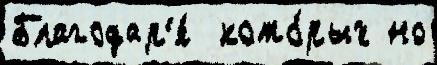
Благодар'я́  кото́рых но